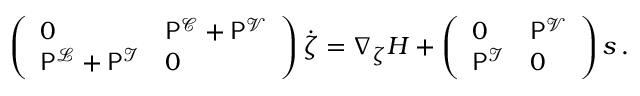
\begin{array} { r } { \left( \begin{array} { l l } { 0 } & { \mathsf { P } ^ { \mathcal { C } } + \mathsf { P } ^ { \mathcal { V } } } \\ { \mathsf { P } ^ { \mathcal { L } } + \mathsf { P } ^ { \mathcal { I } } } & { 0 } \end{array} \right) \dot { \boldsymbol { \zeta } } = \nabla _ { \zeta } H + \left( \begin{array} { l l } { 0 } & { \mathsf { P } ^ { \mathcal { V } } } \\ { \mathsf { P } ^ { \mathcal { I } } } & { 0 } \end{array} \right) \boldsymbol { s } \, . } \end{array}